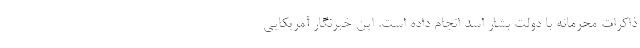
ذاکرات محرمانه با دولت بشار اسد انجام داده است. این خبرنگار آمریکایی